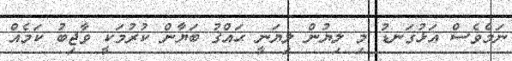
ނަމެވެސް އަޅުގަނޑު މި ލިޔުން ލިޔަނީ ޙައްޤު ބަޔާން ކުރުމަކީ ވާޖިބު ކަމެއް